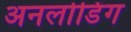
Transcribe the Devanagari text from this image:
अनलोडिंग